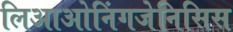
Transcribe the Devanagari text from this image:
लिआओनिंगजेनिसिस